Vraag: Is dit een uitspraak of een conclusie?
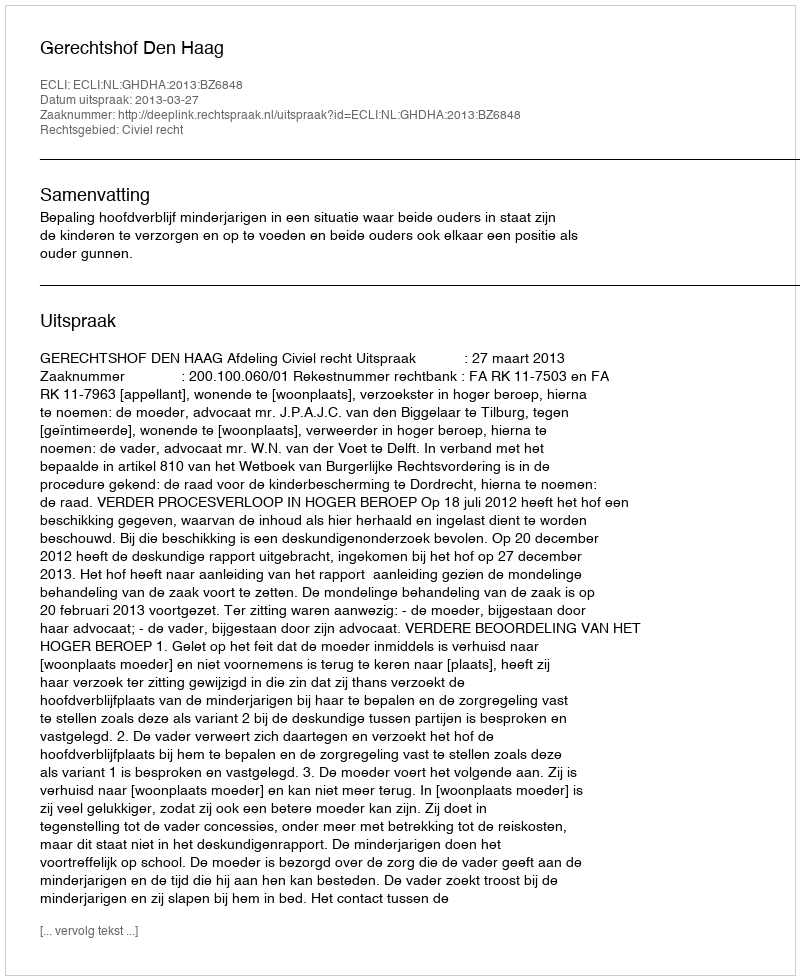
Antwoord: Uitspraak